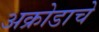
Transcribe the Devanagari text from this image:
अक्रोडाचे